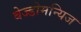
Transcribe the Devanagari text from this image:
बेज्डोमन्यिज